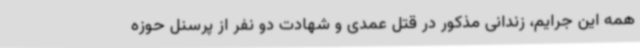
همه این جرایم، زندانی مذکور در قتل عمدی و شهادت دو نفر از پرسنل حوزه